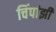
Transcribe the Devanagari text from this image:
चिंपांझी